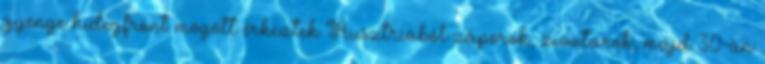
gyenge hidegfront mögött érkeztek Ausztriából záporok, zivatarok, majd 30-án